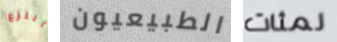
أنتزع الطبيعيون لمئات